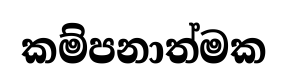
කම්පනාත්මක